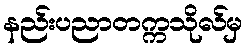
နည်းပညာတက္ကသိုလ်မှ